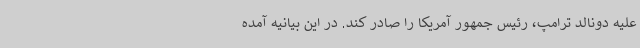
علیه دونالد ترامپ، رئیس جمهور آمریکا را صادر کند. در این بیانیه آمده